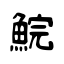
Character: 鯇